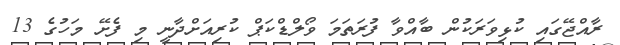
ރާއްޖޭގައި ކުޅިވަރަކުން ބާއްވާ ފުރަތަމަ ވޯލްޑްކަޕް ކުރިއަށްދާނީ މި ފެށޭ މަހުގެ 13